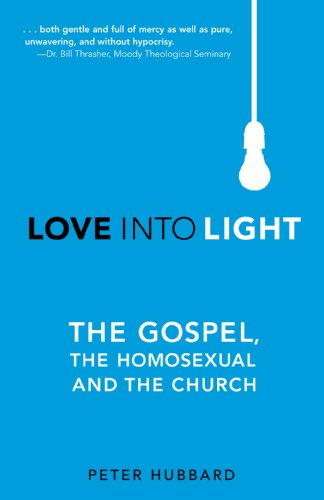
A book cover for Love Into Light: The Gospel, The Homosexual and The Church; Peter Hubbard; Gay & Lesbian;